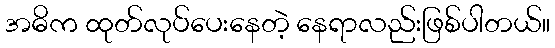
အဓိက ထုတ်လုပ်ပေးနေတဲ့ နေရာလည်းဖြစ်ပါတယ်။